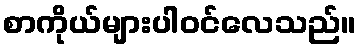
စာကိုယ်များပါဝင်လေသည်။